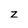
Character: z